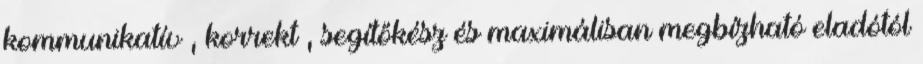
kommunikatív , korrekt , segítőkész és maximálisan megbízható eladótól